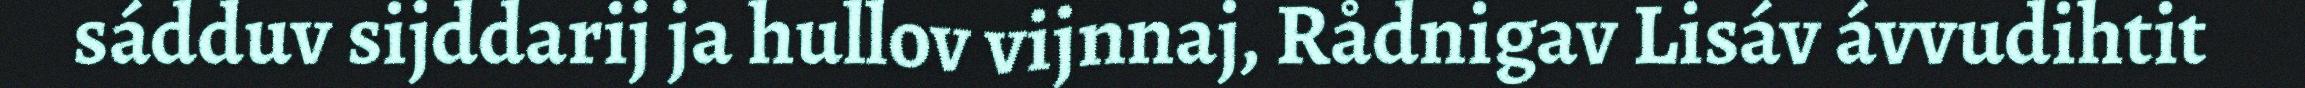
sádduv sijddarij ja hullov vijnnaj, Rådnigav Lisáv ávvudihtit